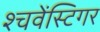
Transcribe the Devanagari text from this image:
श्चवेंस्टिगर